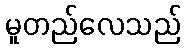
မူတည်လေသည်